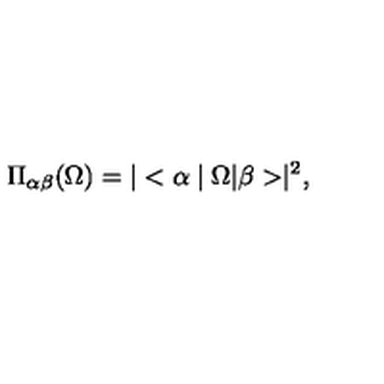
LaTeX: \Pi _ { \alpha \beta } ( \Omega ) = | < \alpha \mid \Omega | \beta > \mid ^ { 2 } ,